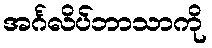
အင်္ဂလိပ်ဘာသာကို